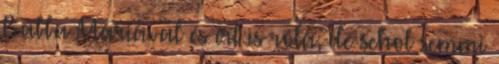
Babba Máriával és írt is róla, de sehol semmi